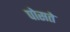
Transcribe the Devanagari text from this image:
पोसते